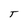
Character: T